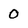
Character: 0